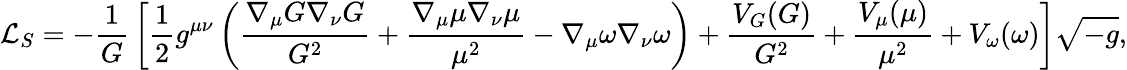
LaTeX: {\mathcal{L}}_{S}=-{\frac{1}{G}}\left[{\frac{1}{2}}g^{\mu\nu}\left({\frac{\nabla_{\mu}G\nabla_{\nu}G}{G^{2}}}+{\frac{\nabla_{\mu}\mu\nabla_{\nu}\mu}{\mu^{2}}}-\nabla_{\mu}\omega\nabla_{\nu}\omega\right)+{\frac{V_{G}(G)}{G^{2}}}+{\frac{V_{\mu}(\mu)}{\mu^{2}}}+V_{\omega}(\omega)\right]{\sqrt{-g}},